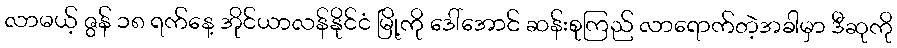
လာမယ့် ဇွန် ၁၈ ရက်နေ့ အိုင်ယာလန်နိုင်ငံ မြို့ကို ဒေါ်အောင် ဆန်းစုကြည် လာရောက်တဲ့အခါမှာ ဒီဆုကို